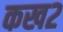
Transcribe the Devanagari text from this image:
कख२